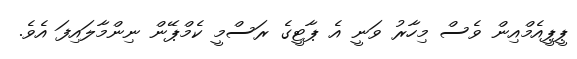
ޕީޕީއެމްއިން ވެސް މިހާރު ވަނީ އެ ޕާޓީގެ ރަސްމީ ކެމްޕޭން ނިންމާލައިފަ އެވެ.